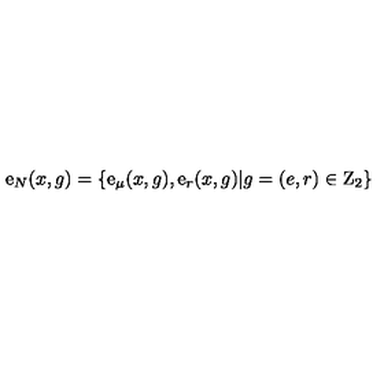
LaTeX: \mathrm { \boldmath { e } } _ { N } ( x , g ) = \left\{ \mathrm { \boldmath { e } } _ { \mu } ( x , g ) , \mathrm { \boldmath { e } } _ { r } ( x , g ) | g = ( e , r ) \in \mathrm { \boldmath { Z } } _ { 2 } \right\}